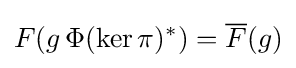
F(g\,\Phi (\ker \pi )^{*})={\overline {F}}(g)